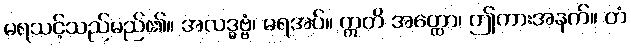
မရသင့်သည်မည်၏။ အလဒ္ဓဗ္ဗံ၊ မရအပ်။ ဣတိ အတ္ထော၊ ဤကားအနက်။ တံ